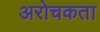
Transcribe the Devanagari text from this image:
अरोचकता